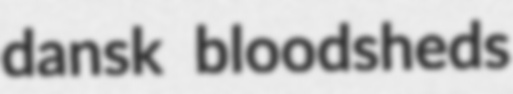
dansk bloodsheds